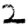
Digit: 2